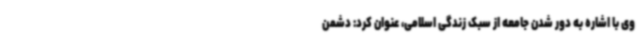
وی با اشاره به دور شدن جامعه از سبک زندگی اسلامی، عنوان کرد: دشمن